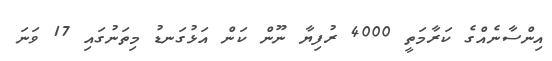
އިންސާނެއްގެ ކަރާމަތީ 4000 ރުފިޔާ ނޫން ކަން އަޅުގަނޑު މިތަނުގައި 17 ވަނަ